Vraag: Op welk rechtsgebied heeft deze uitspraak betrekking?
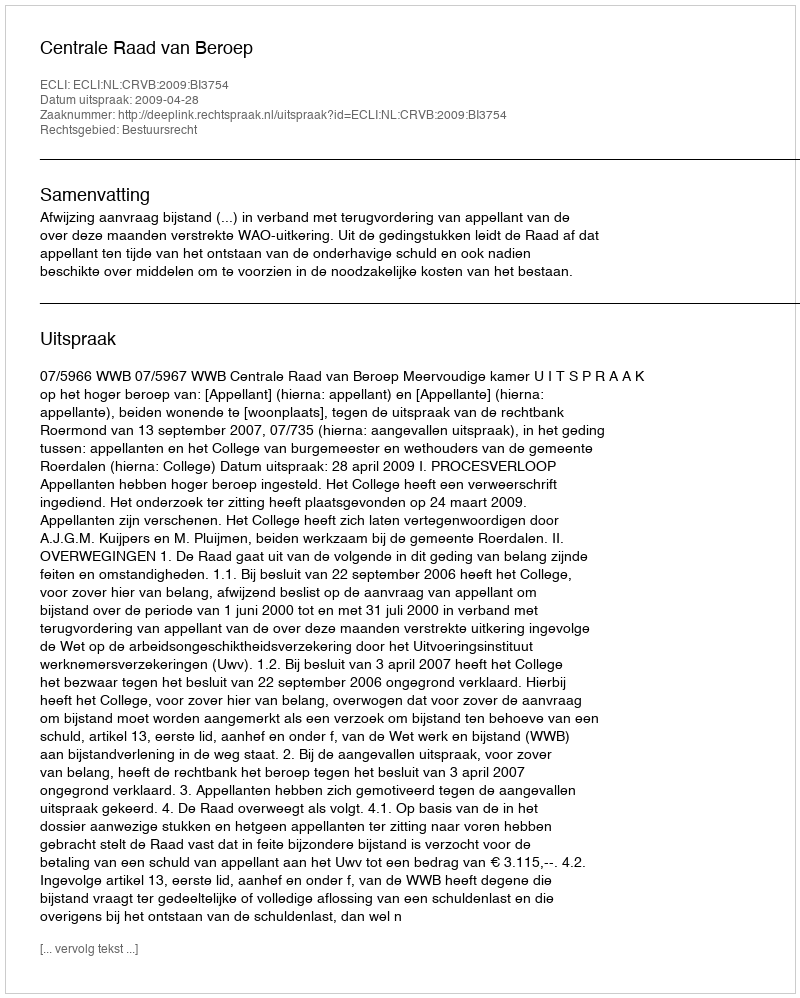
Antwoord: Bestuursrecht